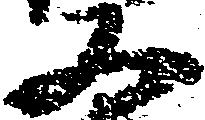
又